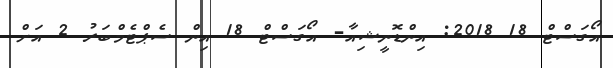
އޯގަސްޓް 18 2018: އިންޑޮނީޝިއާ- އޯގަސްޓް 18 އިން ސެޕްޓެމްބަރު 2 އަށް